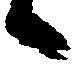
候